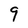
Character: 9